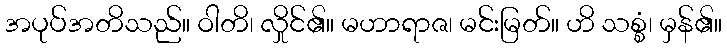
အပုပ်အတိသည်။ ဝါတိ၊ လှိုင်၏။ မဟာရာဇ၊ မင်းမြတ်။ ဟိ သစ္စံ၊ မှန်၏။